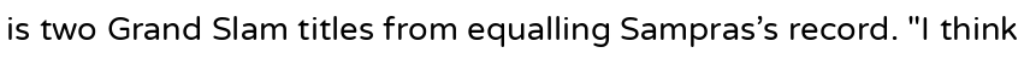
is two Grand Slam titles from equalling Sampras's record. "I think